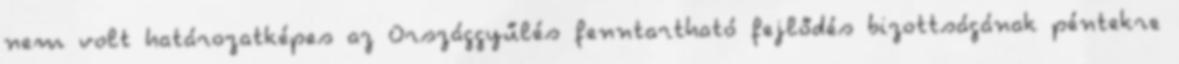
nem volt határozatképes az Országgyűlés fenntartható fejlődés bizottságának péntekre